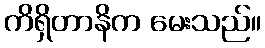
ကိရှိတာနိက မေးသည်။